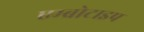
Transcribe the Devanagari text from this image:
एम्ब्रोटाइप